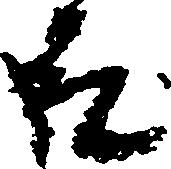
殿